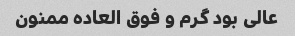
عالی بود گرم و فوق العاده ممنون